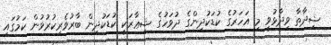
ޝިދާތާ ވިދާޅުވީ މި އަހަރުގެ ކުޑަކުދިންގެ ދުވަހުގެ ޝިޢާރަކީ ކުޑަކުދިން ބާރުވެރިކުރުވުން ކަމުގައި